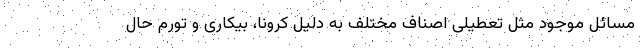
مسائل موجود مثل تعطیلی اصناف مختلف به دلیل کرونا، بیکاری و تورم حال